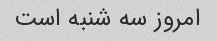
امروز سه شنبه است